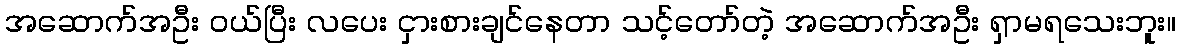
အဆောက်အဦး ဝယ်ပြီး လပေး ငှားစားချင်နေတာ သင့်တော်တဲ့ အဆောက်အဦး ရှာမရသေးဘူး။